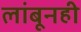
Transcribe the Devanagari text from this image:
लांबूनही